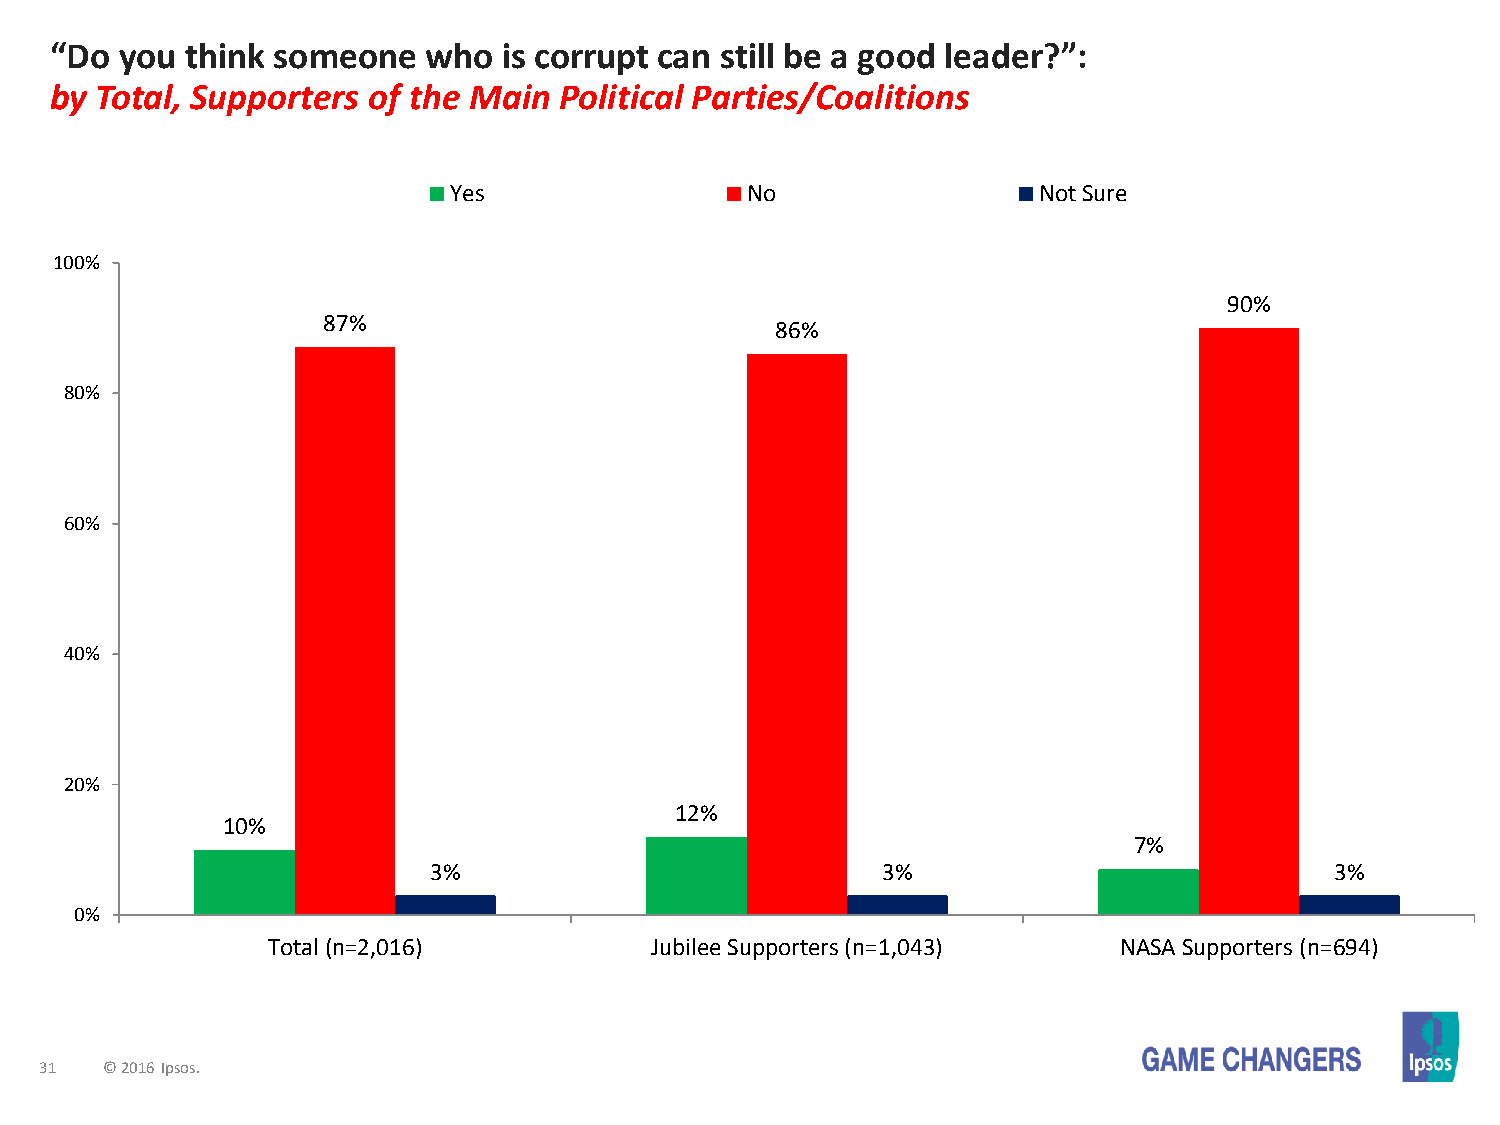
“Do  you think someone   who  is corrupt can still be a good leader?”:
 by Total, Supporters of the Main  Political Parties/Coalitions
 Yes                No                  Not Sure
 100%
 90%
 87%
 86%
 80%
 60%
 40%
 20%
 12%
 10%
 7%
 3%                            3%                            3%
 0%
 Total (n=2,016)          Jubilee Supporters (n=1,043)   NASA Supporters (n=694)
 31  © 2016 Ipsos.